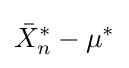
{\bar {X}}_{n}^{*}-\mu ^{*}